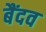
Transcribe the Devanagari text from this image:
बैंदव